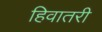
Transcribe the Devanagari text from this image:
हिवातरी